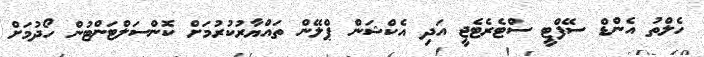
ހެލްތު އެންޑް ސޭފްޓީ ސްޓެރެޓެޖީ އަދި އެކްޝަން ޕްލޭން ތައްޔާރުކުރުމަށް ކޮންސަލްޓަންޓުން ހޯދުމަށް